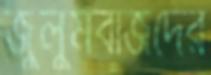
জুলুমবাজদের